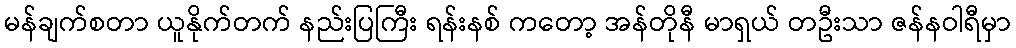
မန်ချက်စတာ ယူနိုက်တက် နည်းပြကြီး ရန်းနစ် ကတော့ အန်တိုနီ မာရှယ် တဦးသာ ဇန်နဝါရီမှာ